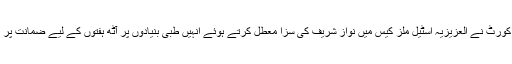
گزشتہ ماہ اسلام آباد ہائی کورٹ نے العزیزیہ اسٹیل ملز کیس میں نواز شریف کی سزا معطل کرتے ہوئے انہیں طبی بنیادوں پر آٹھ ہفتوں کے لیے ضمانت پر رہا کرنے کا حکم دیا تھا۔